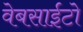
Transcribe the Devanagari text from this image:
वेबसाईटो